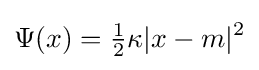
\Psi (x)={\tfrac {1}{2}}\kappa |x-m|^{2}